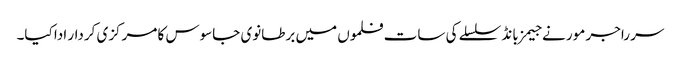
سر راجر مور نے جیمز بانڈ سلسلے کی سات فلموں میں برطانوی جاسوس کا مرکزی کردار ادا کیا۔